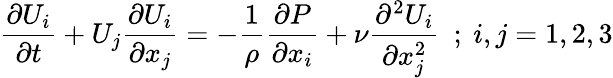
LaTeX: {\frac{\partial U_{i}}{\partial t}}+U_{j}{\frac{\partial U_{i}}{\partial x_{j}}}=-{\frac{1}{\rho}}{\frac{\partial P}{\partial x_{i}}}+\nu{\frac{\partial^{2}U_{i}}{\partial x_{j}^{2}}}~~;~i,j=1,2,3